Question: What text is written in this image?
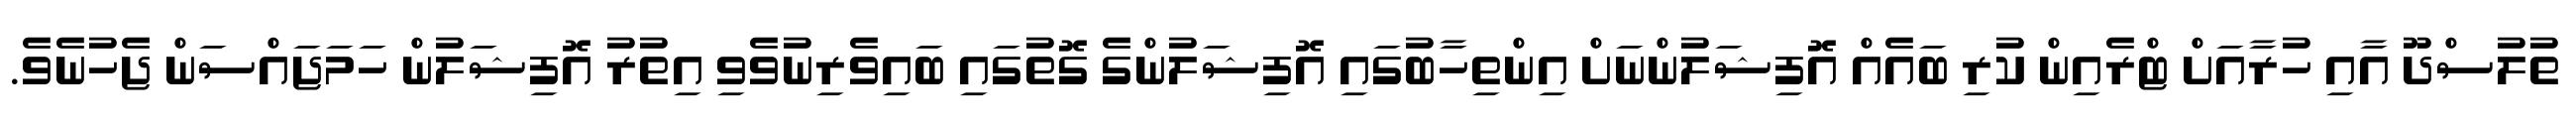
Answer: ތުލުސްދޫ އާއި ހުރާއަށް ޓްރެއިން ކުރި ބައެއް އޮފިޝަލުންނަށް އިންތިހާބުގައި އޮފިޝަލުންގެ ގޮތުގައި ބައިވެރިނުވެވި އިތުރު އޮފިޝަލުން ހަމަޖައްސަން ޖެހުނެވެ.